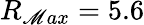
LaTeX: R_{\mathscr{M}ax}=5.6